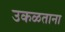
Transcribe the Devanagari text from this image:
उकळताना